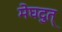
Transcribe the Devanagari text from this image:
मेघदुत्